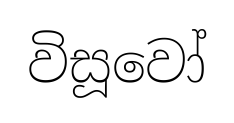
විසූවෝ